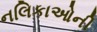
નલિકાઓની